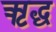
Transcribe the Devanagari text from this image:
ऋद्ध